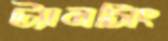
ট্যানসিং